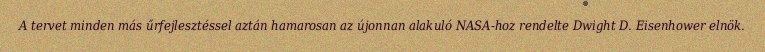
A tervet minden más űrfejlesztéssel aztán hamarosan az újonnan alakuló NASA-hoz rendelte Dwight D. Eisenhower elnök.